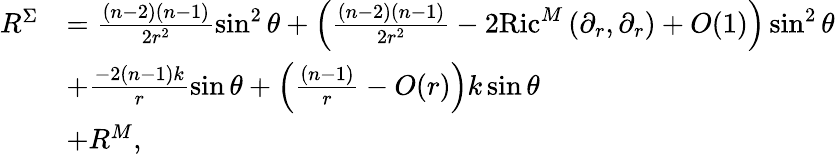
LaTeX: \begin{array}{rl}{R^{\Sigma}}&{=\frac{(n-2)(n-1)}{2r^{2}}\sin^{2}\theta+\left(\frac{(n-2)(n-1)}{2r^{2}}-2\mathrm{Ric}^{M}\left(\partial_{r},\partial_{r}\right)+O(1)\right)\sin^{2}\theta}\\ &{+\frac{-2(n-1)k}{r}\sin\theta+\left(\frac{(n-1)}{r}-O(r)\right)k\sin\theta}\\ &{+R^{M},}\end{array}